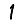
Digit: 1